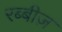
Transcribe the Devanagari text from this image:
रब्बीज़